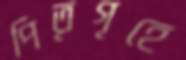
পিতৃগৃহে